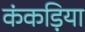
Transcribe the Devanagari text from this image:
कंकड़िया